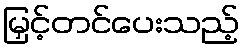
မြှင့်တင်ပေးသည့်